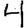
Digit: 4